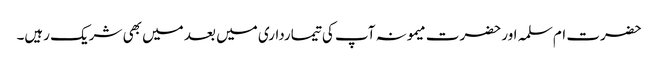
حضرت ام سلمہ اور حضرت میمونہ آپ کی تیمارداری میں بعد میں بھی شریک رہیں۔